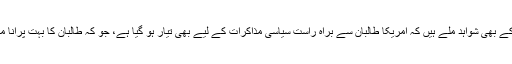
اس بات کے بھی شواہد ملے ہیں کہ امریکا طالبان سے براہ راست سیاسی مذاکرات کے لیے بھی تیار ہو گیا ہے، جو کہ طالبان کا بہت پرانا مطالبہ تھا۔